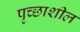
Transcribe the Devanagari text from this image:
पृच्छाशील